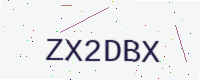
Text: ZX2DBX